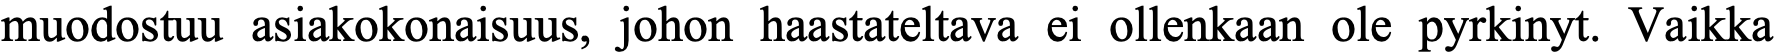
muodostuu asiakokonaisuus, johon haastateltava ei ollenkaan ole pyrkinyt. Vaikka